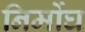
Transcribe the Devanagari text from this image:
निर्मोघ